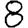
Digit: 8